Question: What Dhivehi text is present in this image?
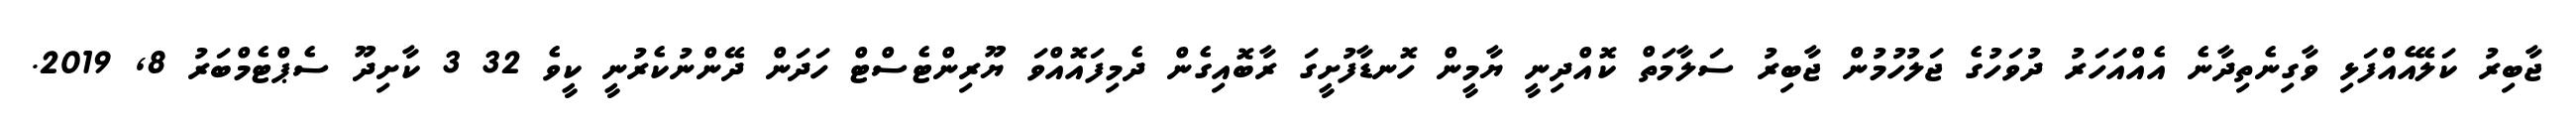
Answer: ޖާބިރު ކަލޭއެއްފަޅި ވާގިނެތިދާނެ އެއްއަހަރު ދުވަހުގެ ޖަލުހުމުން ޖާބިރު ސަލާމަތް ކޮއްދިނީ ޔާމީން ހޮނޑާފުށީގަ ރާބޮއިގެން ދެމިފައޮއްވަ ޔޫރިންޓެސްޓް ހަދަން ދޭންނުކެރުނީ ކީވެ 32 3 ކާށިދޫ ސެޕްޓެމްބަރު 8, 2019.